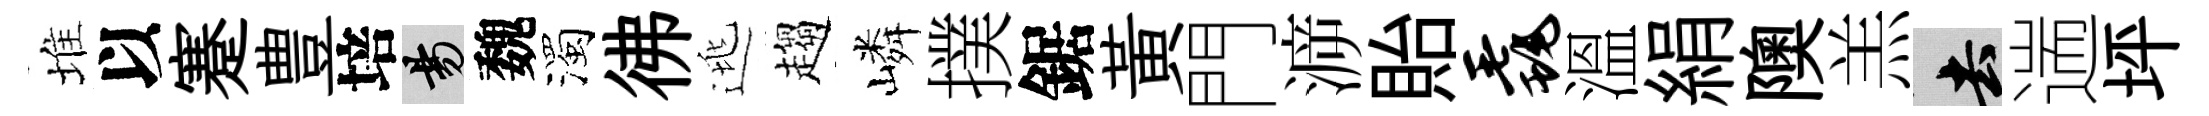
堆以蹇豊培昜魏濁彿逃趨嶙撲鋸黃門㴑貽毳溫絹隩羔去遄坪